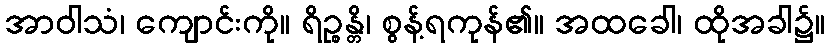
အာဝါသံ၊ ကျောင်းကို။ ရိဉ္စန္တိ၊ စွန့်ရကုန်၏။ အထခေါ၊ ထိုအခါ၌။